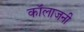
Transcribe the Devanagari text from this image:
कॉलाजनी